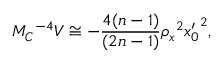
M _ { C } { } ^ { - 4 } V \cong - \frac { 4 ( n - 1 ) } { ( 2 n - 1 ) } \rho _ { x } { } ^ { 2 } { x _ { 0 } ^ { \prime } } ^ { 2 } ,